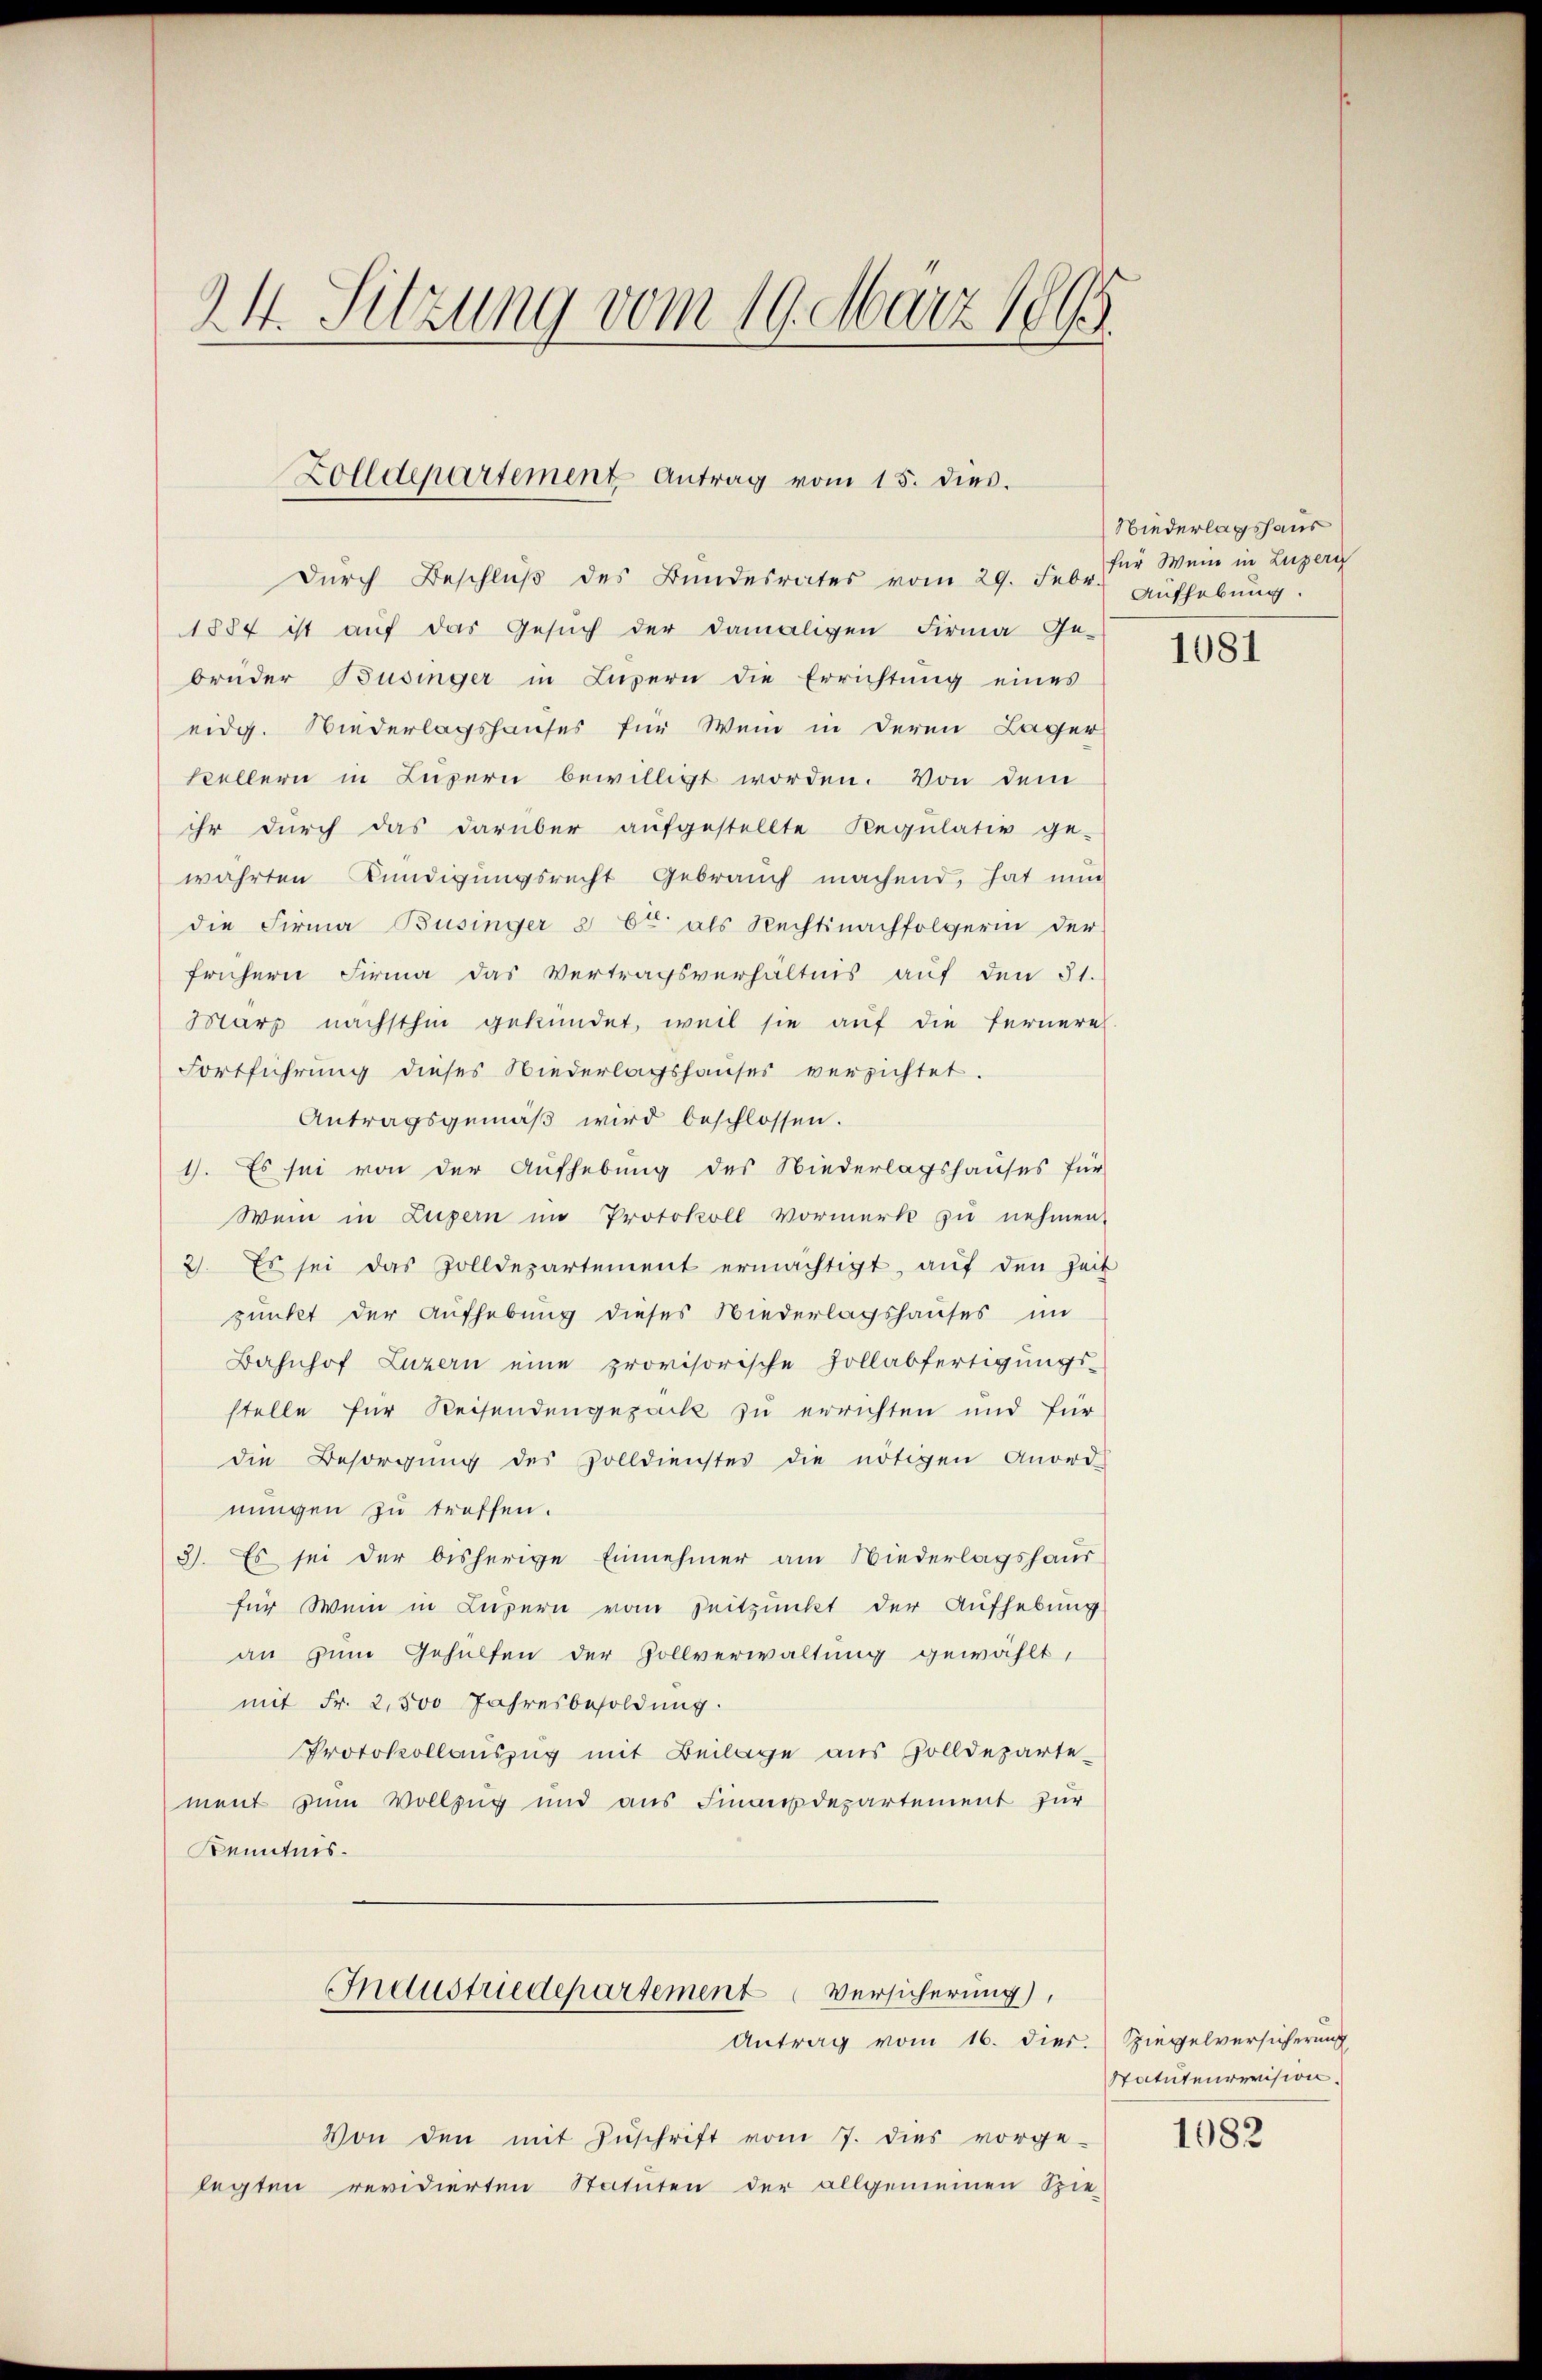
24. Sitzung vom 19. März 1865.

Dŭrch Beschlŭβ des Bundesrates vom 29. Febr.
1884 ist auf das Gesuch der damaligen Firma Ge-
brüder Büsinger in Luzern die Errichtŭng eines
eidg. Wiederlagshauses für Wein in deren Lager
Stellern in Luzern bewilligt worden. Von dem
ihr durch das darüber aufgestellte Regulativ ge-
wahrten Kündigungsrecht Gebrauch machend, hat nun
die Firma Büsinger § 62 als Rechtsnachfolgerin der
frühern Firma das Vertragsverhältnis aŭf den 31.
Marz nächsthin gekündet, weil sie auf die Fernere
Fortführung dieses Niederlagshauses verzichtet.
Antragsgemäβ wird beschlossen.
1). Es sei von der Aufhebung des Niederlagshauses für
Wenn in Luzern im Protokoll Vormerk zu nehmen.
2). Es sei das Zolldepartement ermächtigt, auf den Zeit
punkt der Aufhebung dieses Niederlagshauses im
Bahnhof Luzern eine provisorische Zollabfertigungs-
stelle für Reisendengepack zu errichten und für
die Besorgŭng des Volldienstes die nötigen Anord-
nungen zu treffen.
3). Es sei der bisherige Einnehmer am Niederlagshaus
für Wein in Luzern vom Zeitpunkt der Aufhebung
an zum Gehülfen der Zollverwaltung gewählt,
mit Fr. 2,500 Jahresbesoldung.
Protokollauszug mit Beilage aus Zolldepartement zum Vollzug und aus Finanzdepartement zur
Kenntnis.

Zolldepartement Antrag vom 15. dies.

Gnaustuedepartement Versicherung),
Antrag vom 16. dies.

Von den mit Zuschrift vom 7. dies vorge-
legten revidierten Statuten der allgemeinen Spie-

Niederlagshaus
für Wein in Luzern
Aufhebung.

1081

Spiegelversicherung
Statutenrevision.

1082